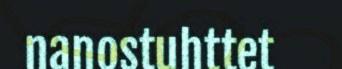
nanostuhttet